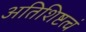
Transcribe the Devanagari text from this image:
अतिशिष्टत्वं